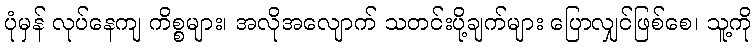
ပုံမှန် လုပ်နေကျ ကိစ္စများ၊ အလိုအလျောက် သတင်းပို့ချက်များ ပြောလျှင်ဖြစ်စေ၊ သူ့ကို